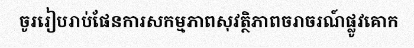
ចូររៀបរាប់ផែនការសកម្មភាពសុវត្ថិភាពចរាចរណ៍ផ្លូវគោក